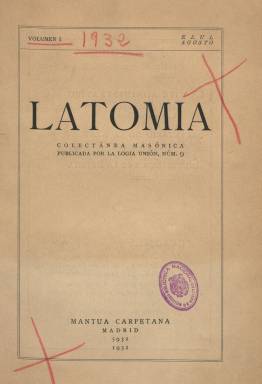
Título: Latomia (Madrid)
Colección: Masonería
Ámbito geográfico: Madrid
Lugar de publicación: Madrid
Fechas: 01/01/1932-31/12/1934

Con el subtítulo “colectánea masónica”, es una publicación cuya colección hemerográfica en la Biblioteca Nacional de España está integrada por cuatro volúmenes secuenciados, el primero de 1932, los dos siguientes de 1933, y el cuarto del año 1934, aunque pudiera haber sacado otros dos en 1935 y 1936, respectivamente. Cada una de sus entregas supera ampliamente los dos centenares de páginas, compuestas a una columna, y con la ilustración de algún dibujo y croquis. Aparece indicado como editora Matua Carpetana, y fue estampada en la madrileña Imprenta Sáez Hermanos. Se trata de “la mejor de las revistas” con las que ha contado la masonería española, debido a su especialización en la investigación histórica y también por su alta cultura iniciática, con contenidos que van desde el esoterismo a la antropología, señala Pérez Sánchez Ferré (2004), quien también ha analizado el devenir de las logias Unión Número 9 y Número 88, que fueron las responsables de publicar, sucesivamente, la revista.

La Unión Número 9 había sido fundada por “jóvenes radicales” procedentes de la logia Iberia, en abril de 1927, en plena dictadura primoriverista, y estaba adscrita al Gran Oriente Español (GOE), pero sería disuelta a finales de 1932, a la vez que parte de sus miembros más destacados pasaron a engrosar la Número 88, quedando adscrita ésta a la Gran Logia Española (GLE). Ello fue resultado del enfrentamiento entre los radicales incondicionales lerrouxistas, dispuestos a minar a los azañistas y progubernamentales, dando lugar a una logia alejada de las cuestiones partidistas y políticas en el tiempo republicano en el que vivió.

El nombre de la publicación no fue tampoco extraño a la simbología masónica, pues se refiere a un tipo de cuevas de la antigüedad clásica, siendo la de Siracusa la más famosa, pero también es el dado a las canteras de donde se extrae la piedra, elemento básico constructivo. Sus páginas han sido también consideradas como una “isla” de la masonería tradicional, redactadas por “hermanos cultivados”. La propia revista ofrecerá el nombre de quienes integraban sus comités de redacción y de administración, y de su secretario y administrador. El profesor de Filosofía, escritor y traductor Pedro González Blanco (1879-1961), con el nombre Bolívar, es considerado su director o “alma mater”, dedicándose preferentemente a través de varios artículos a rectificar los errores de la historia de la masonería; siendo otros de sus miembros Mariano Benlliure Tuero (Padilla), Teófilo Moreno (Gautier), Antonio Llagunes (Comunero), Rafael Gerona (Dantón) o Manuel Pérez Aguirre.

La publicación está estructurada en ocho secciones: Hermenéutica masónica, Historia general de la masonería; Historia de la masonería en lengua española; Poesía y música masónicas; Mitos, cultos, sectas y religiones; Bibliografía, Notas varias y breves, y Consultorio másónico. Al final de cada volumen inserta un índice de los artículos contenidos en cada una de sus secciones. Como ejemplo, citamos los siguientes: Creación y arquitectura, firmado por Carlos Malagarriga; Diálogos para masones, por Ernst y Falk; Lessing y la francmasonería, firmado por Carlos Pérez Guerra, y referido a Gotthold Ephraim Lessing (1729-1781); El sentido religioso de la masonería: Dios, por M. Benlliure; El mito de Hiram y la hipótesis judeo-cabalística en la masonería; Glorias masónicas; Historia de las sectas; Los jovellanistas, ¿fueron sociedad secreta?; El masón Aviraneta; Historia sucinta de la masonería española, o Los orígenes de la creencia en la vida futura entre los judíos. Otros autores de sus textos fueron G.E. Lessing, C.R. Avecilla o Julio Garrido.

Sánchez Ferré (2004) destaca de esta revista, no sólo la variedad y riqueza masónica e intelectual de sus artículos, sino la gran cantidad de información que ofrece, como la dirección de todas las grandes logias del mundo, o una bibliografía masónica que alcanza las ochocientas obras, así como un vocabulario masónico en español, inglés, francés y alemán. Fuera de sus páginas quedó cualquier cuestión sobre libertades civiles o problemas sociales planteados de forma muy relevante durante el periodo republicano.